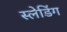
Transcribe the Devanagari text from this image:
स्लेडिंग